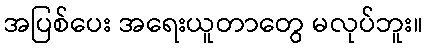
အပြစ်ပေး အရေးယူတာတွေ မလုပ်ဘူး။